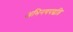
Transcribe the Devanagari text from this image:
अभिनयपद्धति